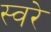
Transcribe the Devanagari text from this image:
स्वरे